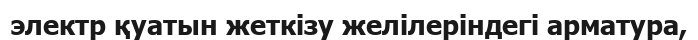
электр қуатын жеткізу желілеріндегі арматура,